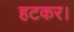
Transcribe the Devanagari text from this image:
हटकर।